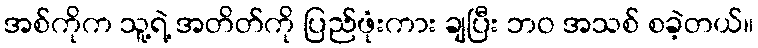
အစ်ကိုက သူ့ရဲ့ အတိတ်ကို ပြည်ဖုံးကား ချပြီး ဘဝ အသစ် စခဲ့တယ်။